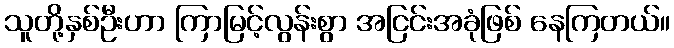
သူတို့နှစ်ဦးဟာ ကြာမြင့်လွန်းစွာ အငြင်းအခုံဖြစ် နေကြတယ်။